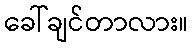
ခေါ်ချင်တာလား။